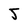
Character: J